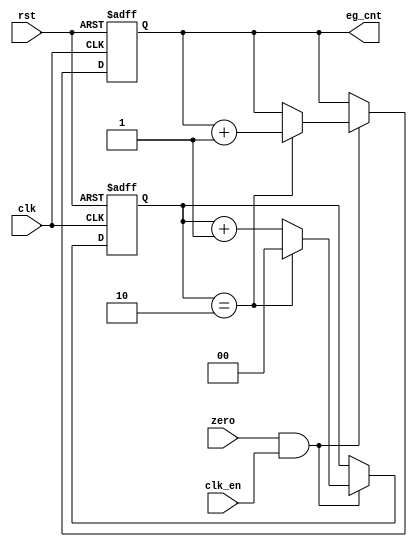
module jt12_eg_cnt(
	input rst,
	input clk,
	input clk_en /* synthesis direct_enable */,
	input zero,
	output reg [14:0] eg_cnt
);

reg	[1:0] eg_cnt_base;

always @(posedge clk, posedge rst) begin : envelope_counter
	if( rst ) begin
		eg_cnt_base	<= 2'd0;
		eg_cnt		<=15'd0;
	end
	else begin
		if( zero && clk_en ) begin
			// envelope counter increases every 3 output samples,
			// there is one sample every 24 clock ticks
			if( eg_cnt_base == 2'd2 ) begin
				eg_cnt 		<= eg_cnt + 1'b1;
				eg_cnt_base	<= 2'd0;
			end
			else eg_cnt_base <= eg_cnt_base + 1'b1;
		end
	end
end

endmodule